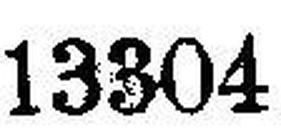
13304